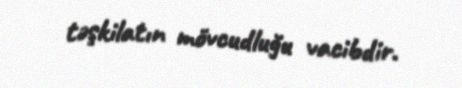
təşkilatın mövcudluğu vacibdir.